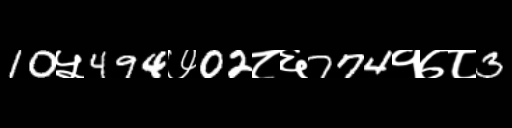
Text: 10५494७02८६774१७८3